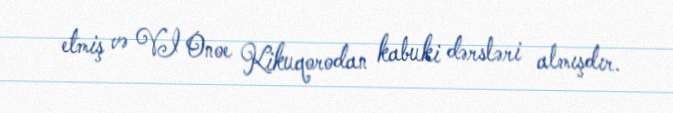
etmiş və VI Onoe Kikuqorodan kabuki dərsləri almışdır.